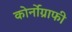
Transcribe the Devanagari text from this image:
कोर्नोग्राफी